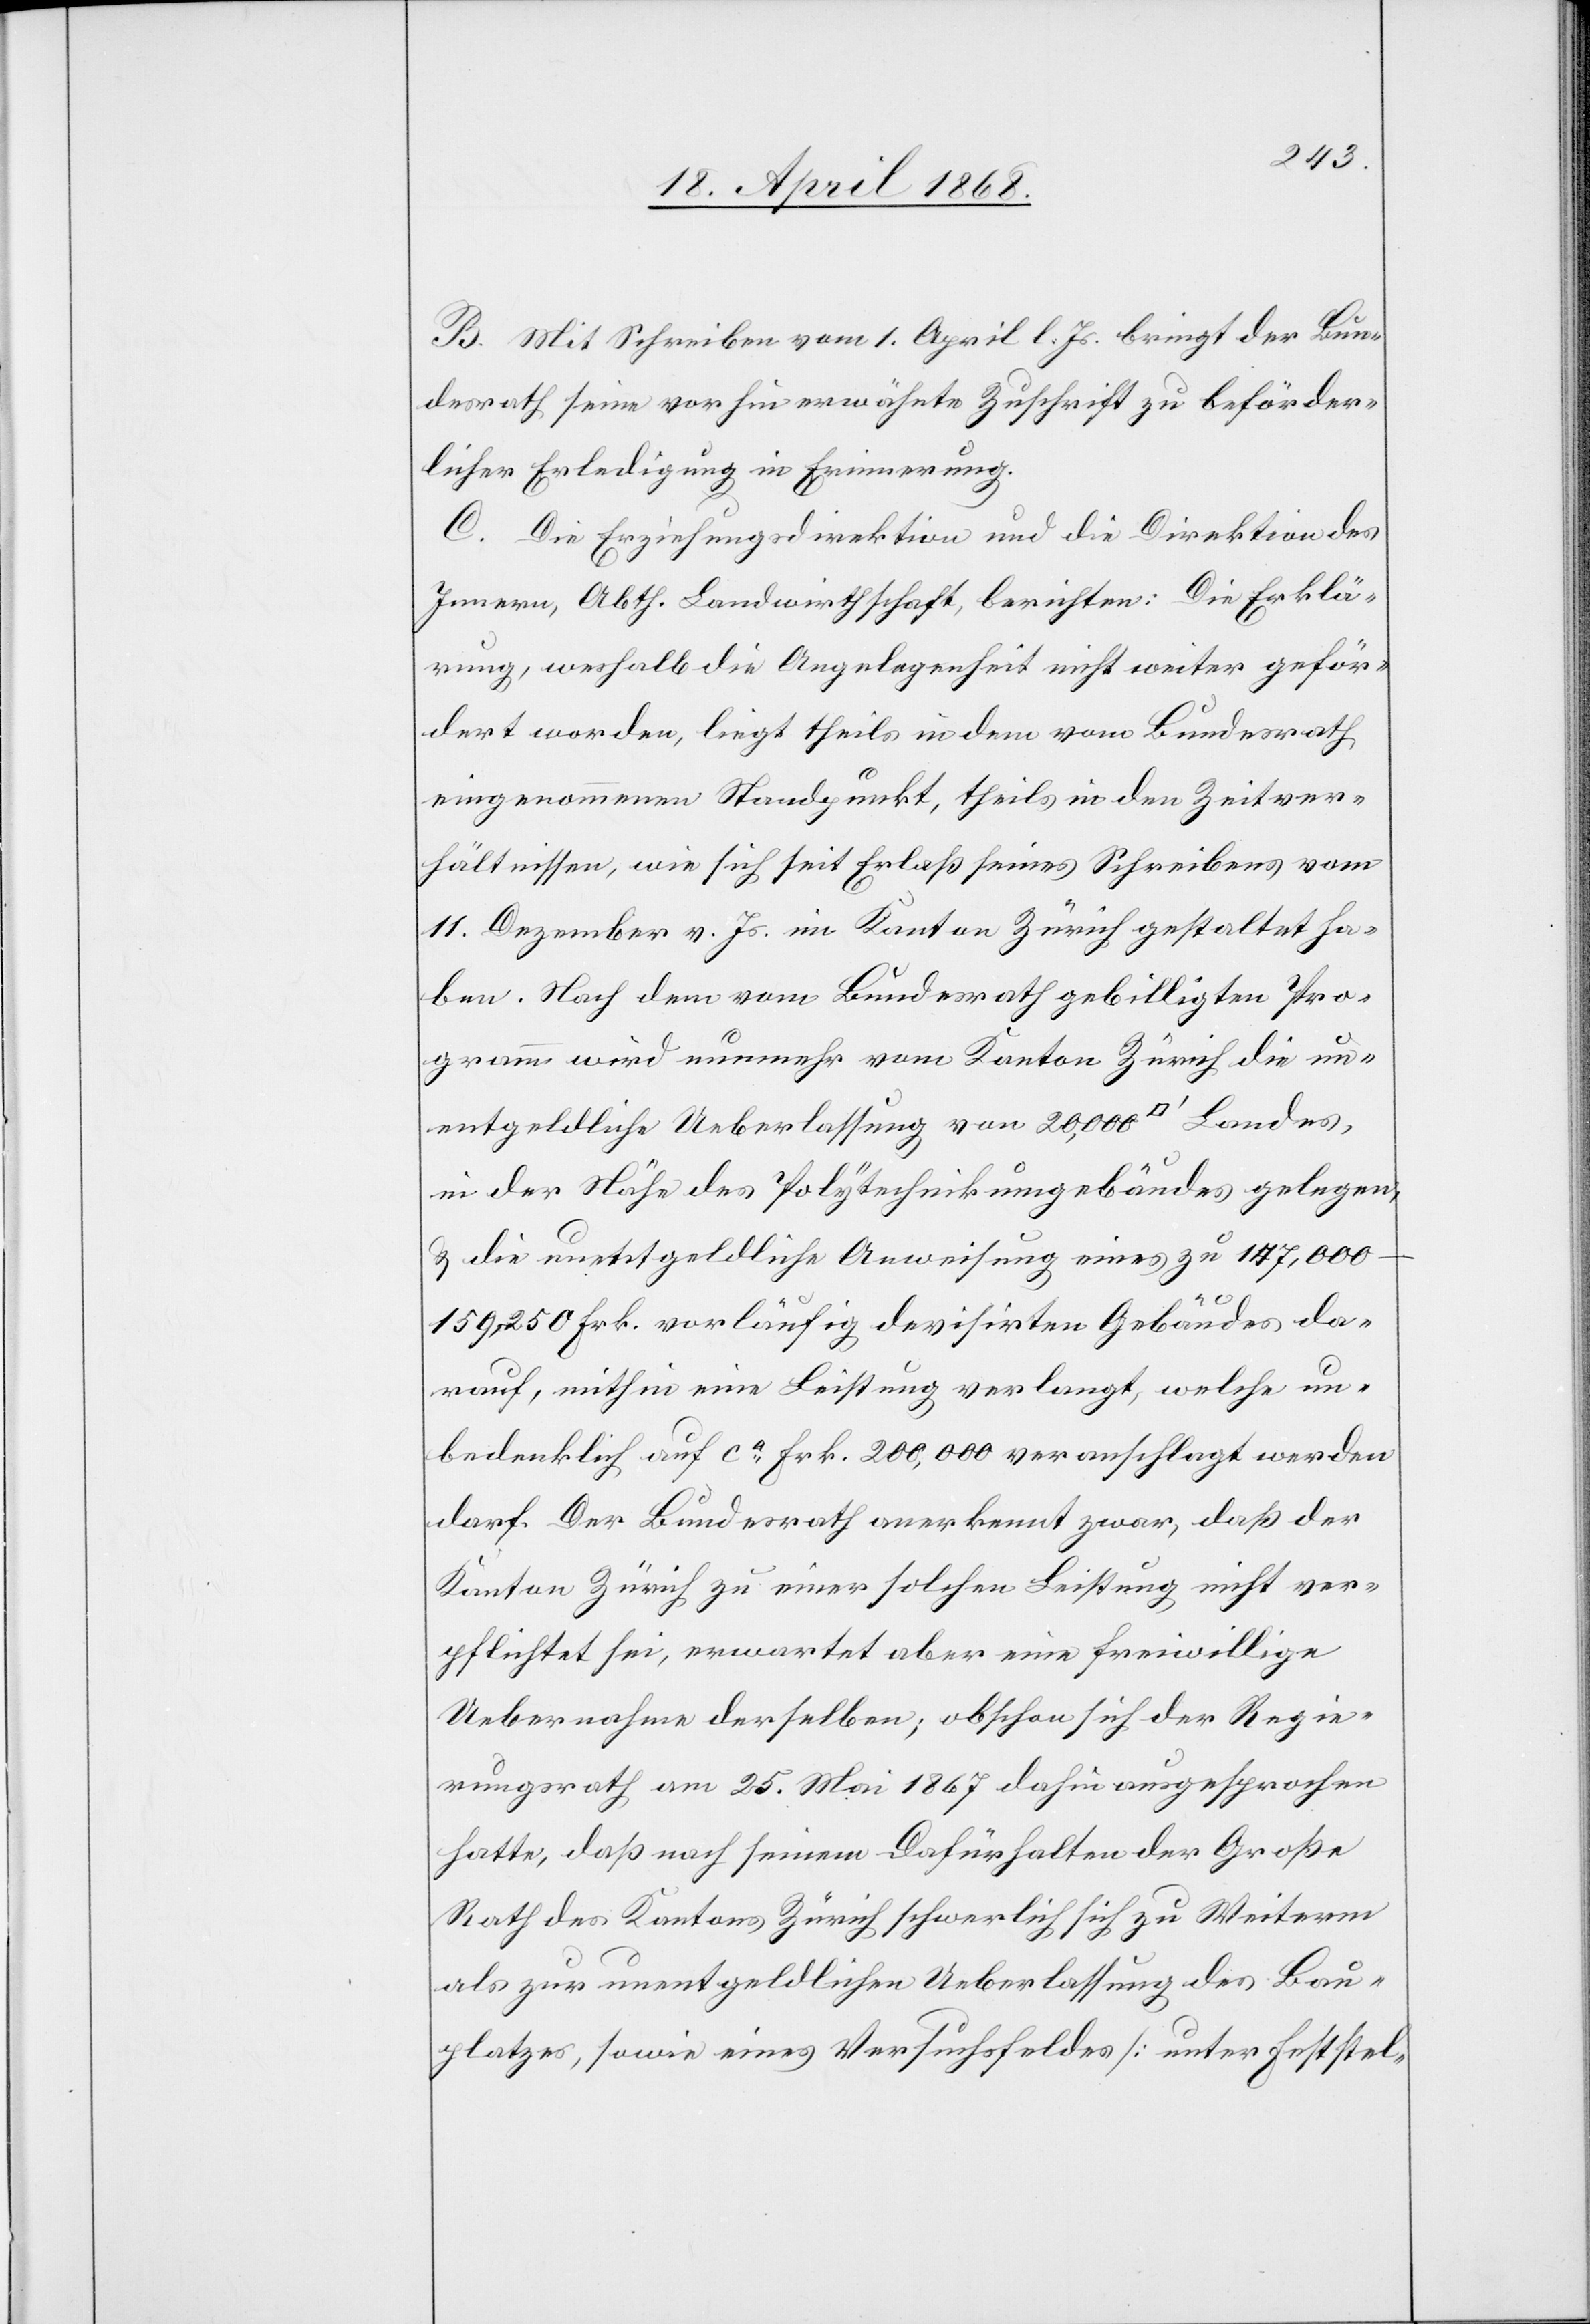
B. Mit Schreiben vom 1. April l. Js. bringt der Bun¬
desrath seine vorhin erwähnte Zuschrift zu beförder¬
licher Erledigung in Erinnerung.
C. Die Erziehungsdirektion und die Direktion des
Innern, Abth. Landwirthschaft, berichten: Die Erklä¬
rung, weshalb die Angelegenheit nicht weiter geför¬
dert worden, liegt theils in dem vom Bundesrath
eingenommenen Standpunkt, theils in den Zeitver¬
hältnissen, wie [recte: die] sich seit Erlaß seines Schreibens vom
11. Dezember v. Js. im Kanton Zürich gestaltet ha¬
ben. Nach dem vom Bundesrath gebilligten Pro¬
gramm wird nunmehr vom Kanton Zürich die un¬
entgeldliche Ueberlassung von 20,000 [Quadratfuß] Landes,
in der Nähe des Polytechnikumgebäudes gelegen,
& die unentgeldliche Anweisung eines zu 147,000–159,250
Frk. vorläufig devisirten Gebäudes da¬
rauf, mithin eine Leistung verlangt, welche un¬
bedenklich auf ca. Frk. 200,000 veranschlagt werden
darf. Der Bundesrath anerkennt zwar, daß der
Kanton Zürich zu einer solchen Leistung nicht ver¬
pflichtet sei, erwartet aber eine freiwillige
Uebernahme derselben; obschon sich der Regie¬
rungsrath am 25. Mai 1867 dahin ausgesprochen
hatte, daß nach seinem Dafürhalten der Große
Rath des Kantons Zürich schwerlich sich zu Weiterm
als zur unentgeldlichen Ueberlassung des Bau¬
platzes, sowie eines Versuchsfeldes [unter Feststel-